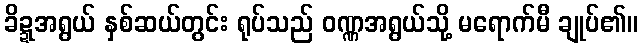
ခိဍ္ဍအရွယ် နှစ်ဆယ်တွင်း ရုပ်သည် ဝဏ္ဏအရွယ်သို့ မရောက်မီ ချုပ်၏။